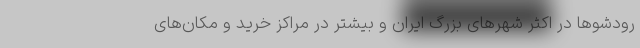
رودشوها در اکثر شهرهای بزرگ ایران و بیشتر در مراکز خرید و مکان‌های